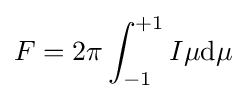
F=2\pi \int _{-1}^{+1}I\mu \mathrm {d} \mu